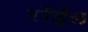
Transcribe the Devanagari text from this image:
रॉईल